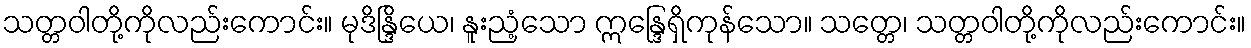
သတ္တဝါတို့ကိုလည်းကောင်း။ မုဒိန္ဒြိယေ၊ နူးညံ့သော ဣန္ဒြေရှိကုန်သော။ သတ္တေ၊ သတ္တဝါတို့ကိုလည်းကောင်း။